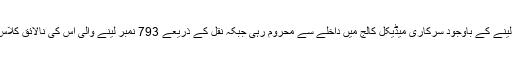
راقم کی اپنی قریبی عزیز گذشتہ سال ایف ایس سی میں 1028 نمبر لینے کے باوجود سرکاری میڈیکل کالج میں داخلے سے محروم رہی جبکہ نقل کے ذریعے 793 نمبر لینے والی اس کی نالائق کلاس فیلو سرکاری میڈیکل کالج میں انتہائی معقول فیس پر پڑھ رہی ہے۔